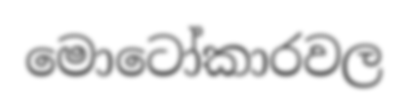
මොටෝකාරවල